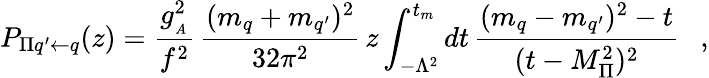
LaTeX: P_{\Pi q^{\prime}\leftarrow q}(z)=\frac{g_{_A}^{2}}{f^{2}}\, \frac{(m_{q}+m_{q^{\prime}})^{2}}{32\pi^{2}}\, z\int_{-\Lambda^{2}}^{t_{m}}dt\, \frac{(m_{q}-m_{q^{\prime}})^{2}-t}{(t-M_{\Pi}^{2})^{2}}\ \ \ ,